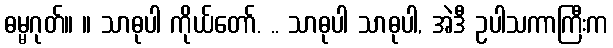
ဓမ္မဂုတ်။ ။ သာဓုပါ ကိုယ်တော်. .. သာဓုပါ သာဓုပါ, အဲဒီ ဥပါသကာကြီးက